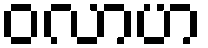
ဝလာဟ